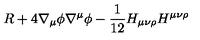
R + 4 \nabla _ { \mu } \phi \nabla ^ { \mu } \phi - { \frac { 1 } { 1 2 } } H _ { \mu \nu \rho } H ^ { \mu \nu \rho }